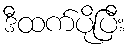
ဒီထက်ပိုပြီး